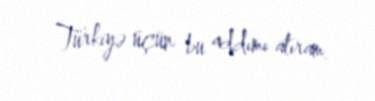
Türkiyə üçün bu addımı atıram.